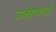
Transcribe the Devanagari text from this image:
उत्क्षेपावर्त